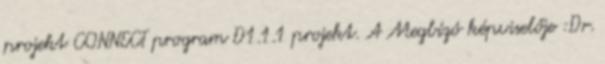
projekt CONNECT program D1.1.1 projekt. A Megbízó képviselője :Dr.